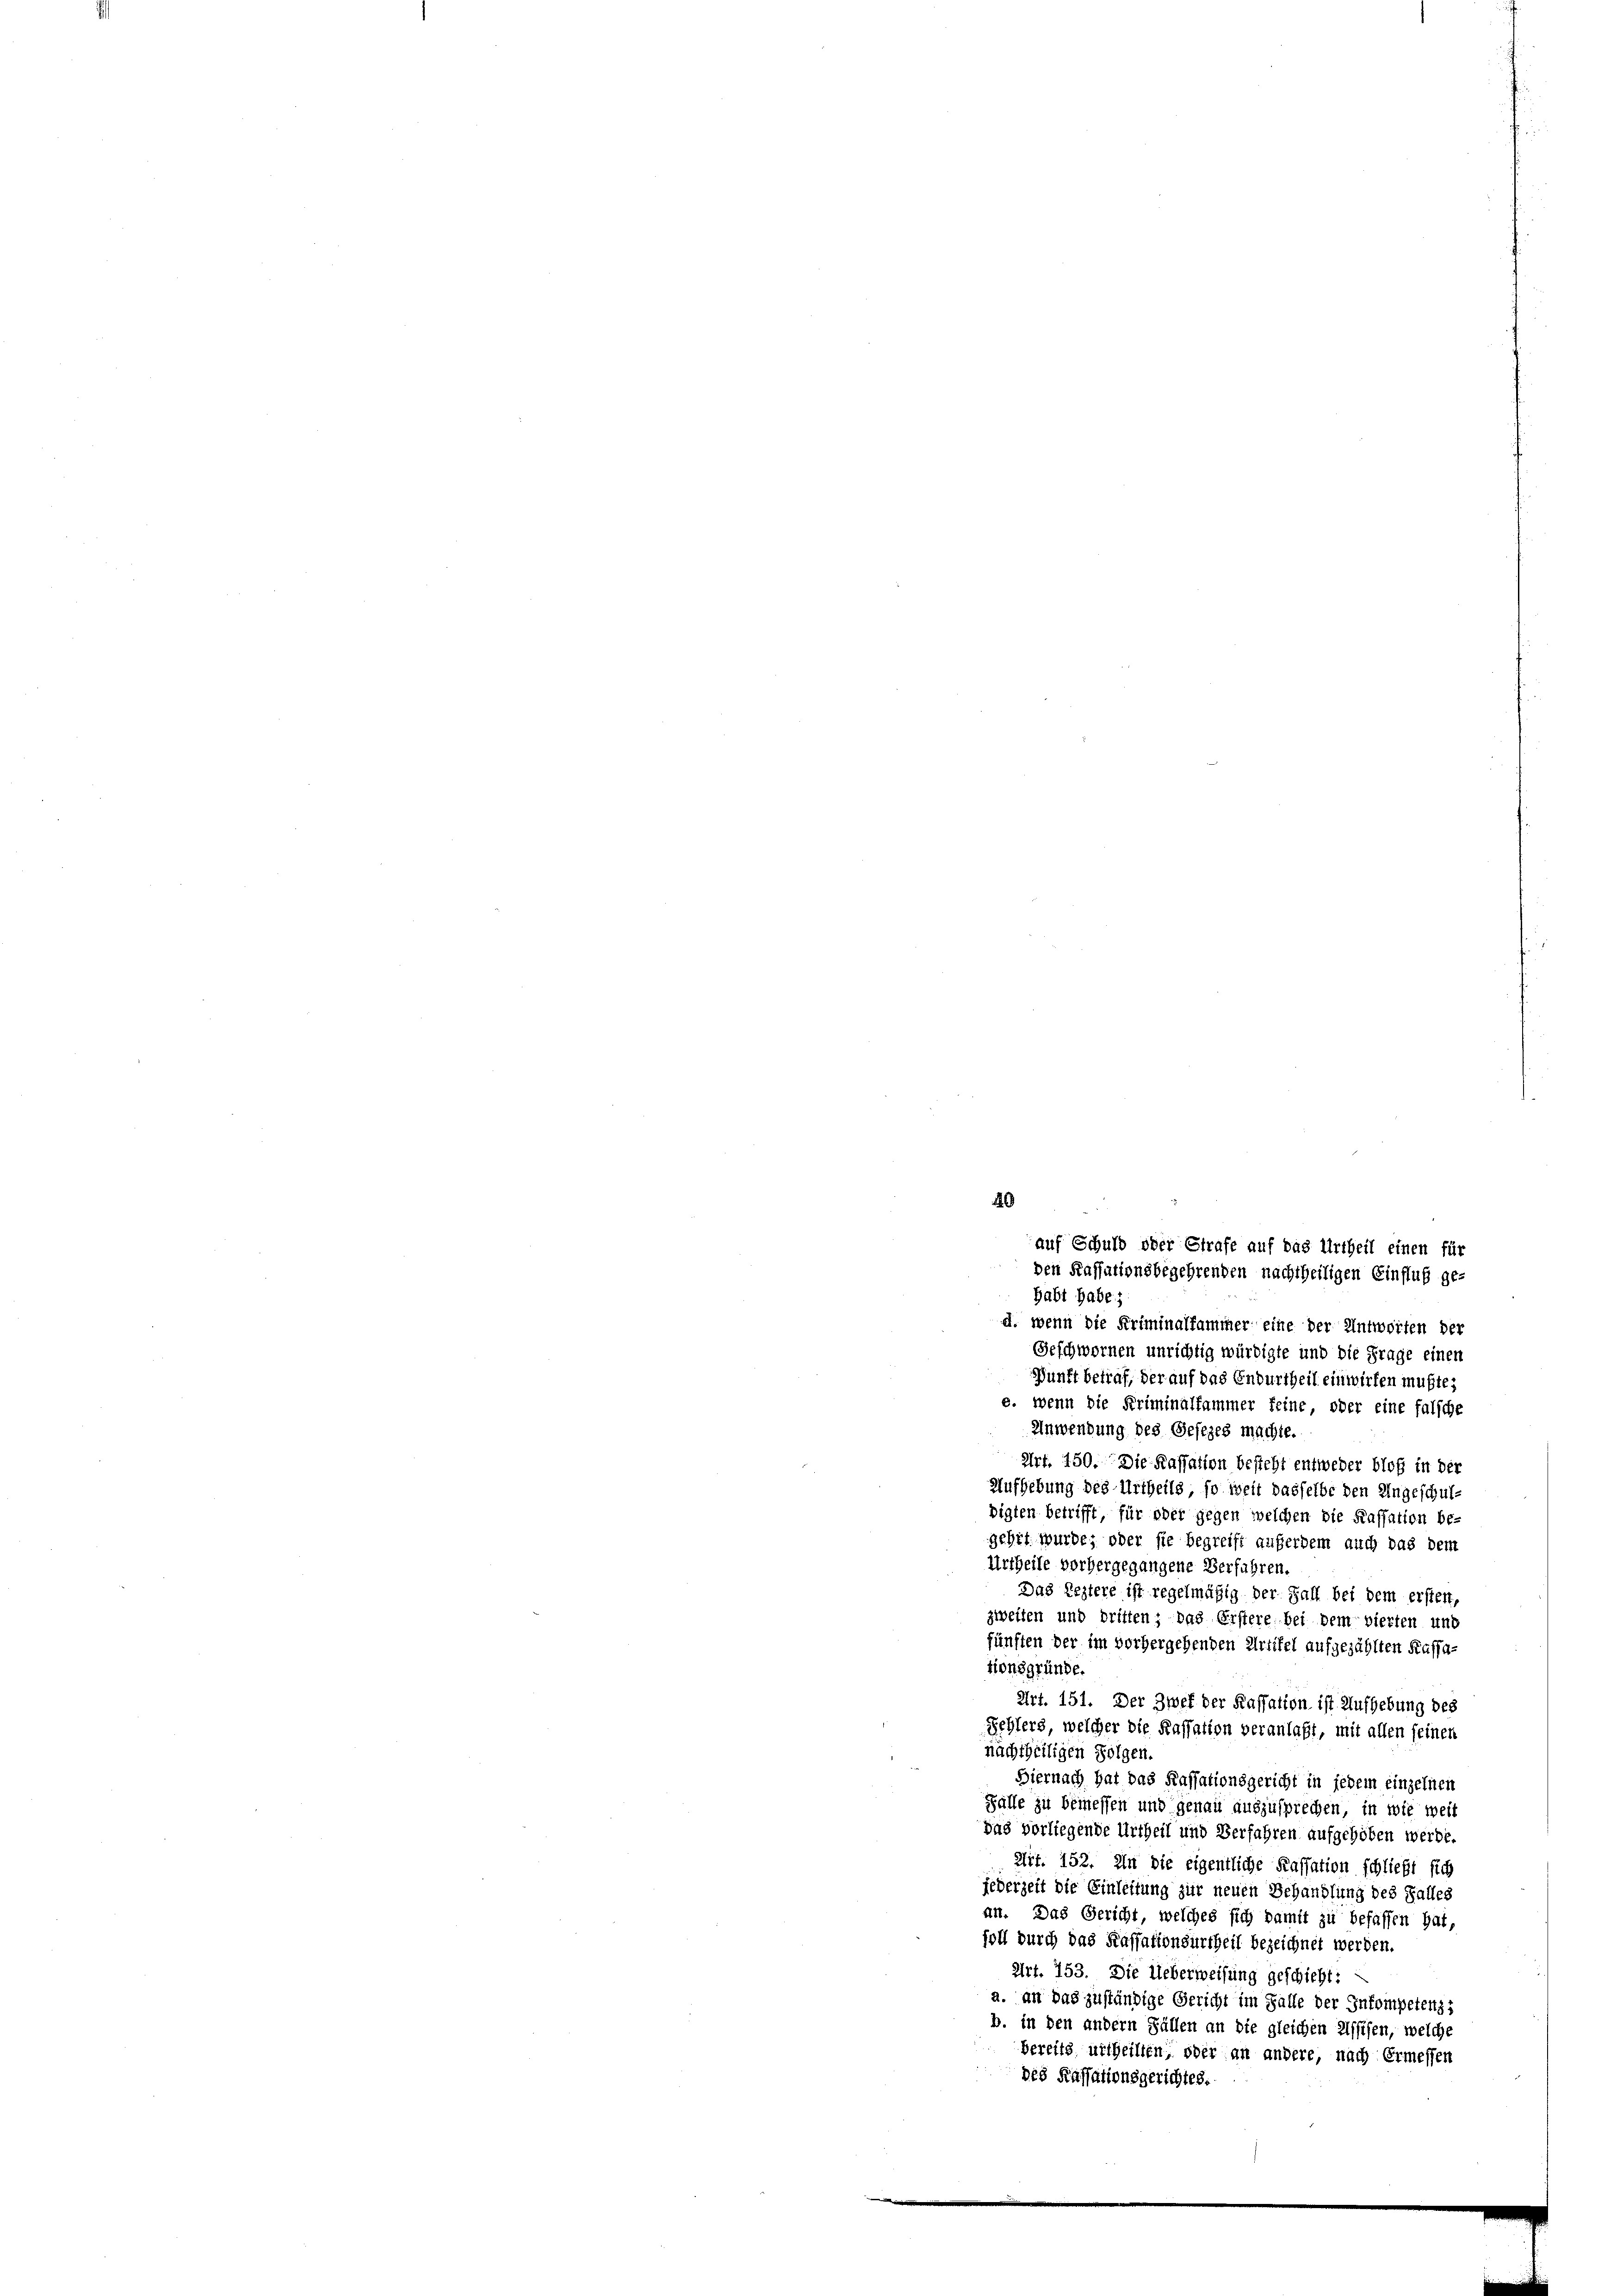
d. wenn die Kriminalfammer eine der Antworten der
Geschwornen unrichtig würdigte und die Frage einen
Punft betraf, der auf das Endurtheil einwirken mußte;
e. wenn die Kriminalfammer feine, oder eine falsche
Anwendung des Gesezes machte.
Art. 150. Die Kassation besteht entweder bloß in der
Aufhebung des Urtheils so weit dasselbe den Ungeschuldigten betrifft, für oder gegen welchen die Kassation be-
gehrt wurde; oder sie begreift auferdem auch das dem
Urtheile vorhergegangene Verfahren.
Das Leztere ist regelmäßig der Fall bei dem ersten,
zweiten und dritten; das Erstere bei dem vierten und
fünften der im vorhergehenden Artikel aufgezählten Kassa-
tionsgründe.
Art. 151. Der Zwek der Kassation ist Aufhebung des
Fehlers, welcher die Kassation veranlaßt, mit allen seinen
nachtheiligen Folgen.
Hiernach hat das Kassationsgericht in jedem einzelnen
Fälle zu bemessen und genau auszusprechen, in wie weit
dag vorliegende Urtheil und Verfahren aufgehoben werde.
Art. 152. In die eigentliche Kassation schließt sich
jederzeit die Einleitung zur neuen Behandlung des Falles
an. Das Gericht, welches sich damit zu befassen hat,
foll durch das Kassationsurtheil bezeichnet werden.
Art. 153. Die Ueberweisung geschicht:
a. an das zuständige Gericht im Falle der Inkompetenz;
b. in den andern Fällen an die gleichen Assisen, welche
bereits urtheilten, oder an andere, nach Ermessen
des Kassationsgerichtes.

40
auf Schuld oder Strafe auf das Urtheil einen für
den Kassationsbegehrenden nachtheiligen Einfluß ge-
Habt habe